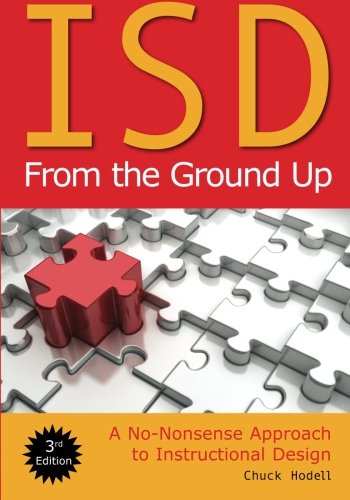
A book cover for ISD From the Ground Up: A No-Nonsense Approach to Instructional Design; Chuck Hodell; Business & Money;